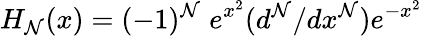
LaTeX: H_{\mathcal{N}}(x)=(-1)^{\mathcal{N}}\; e^{x^{2}}(d^{\mathcal{N}}/dx^{\mathcal{N}})e^{-x^{2}}